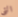
التي